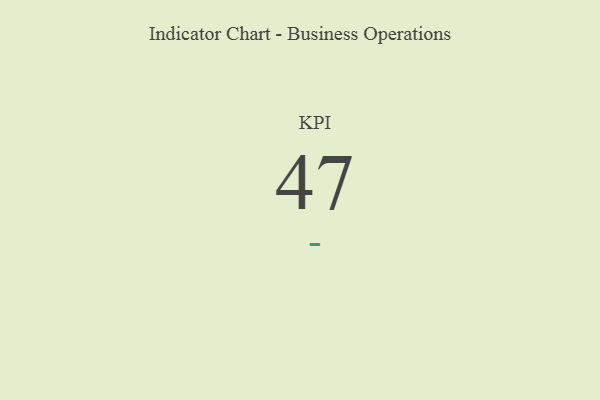
{"axis": {"x": "KPI", "y": "Value"}, "legend": [""], "data": [{"x": "KPI", "y": 47, "type": ""}]}